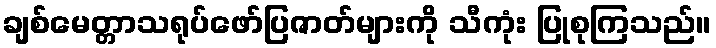
ချစ်မေတ္တာသရုပ်ဖော်ပြဇာတ်များကို သီကုံး ပြုစုကြသည်။